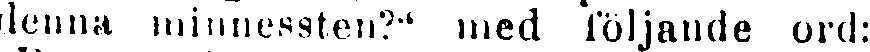
denna minnessten?" med följande ord: